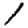
Digit: 1